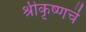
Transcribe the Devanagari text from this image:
श्रीकृष्णचॆ